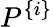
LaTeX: P^{\{ i\} }